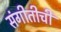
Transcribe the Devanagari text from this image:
संगीतीची